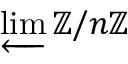
\varprojlim \mathbb { Z } / n \mathbb { Z }